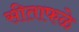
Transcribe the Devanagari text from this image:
सीताफळे